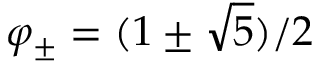
\varphi _ { \pm } = ( 1 \pm { \sqrt { 5 } } ) / 2